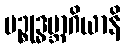
ပဉ္စုဒ္ဓမ္ဘာဂိယာနိ